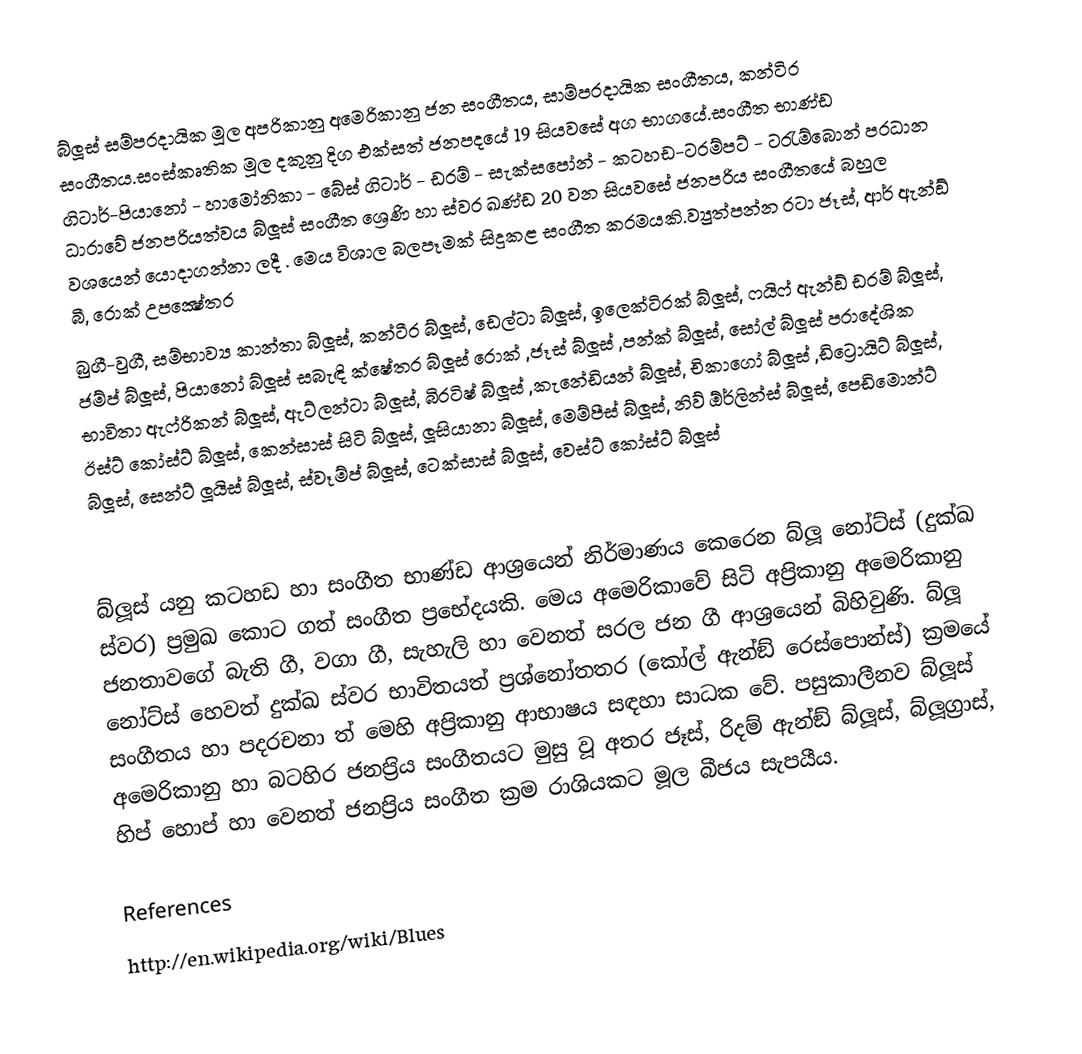
බ්ලූස් සම්ප‍්‍රදායික මූල	අප‍්‍රිකානු අමෙරිකානු ජන සංගීතය, සාම්ප‍්‍රදායික සංගීතය, කන්ටි‍්‍ර සංගීතය.සංස්කෘතික මූල	දකුනු දිග එක්සත් ජනපදයේ 19 සියවසේ අග භාගයේ.සංගීත භාණ්ඩ	ගිටාර්-පියානෝ - හාමෝනිකා - බේස් ගිටාර් - ඩ‍්‍රම් - සැක්සපෝන් - කටහඩ-ට‍්‍රම්පට් - ට‍්‍රැම්බොන් ප‍්‍රධාන ධාරාවේ ජනප‍්‍රියත්වය බ්ලූස් සංගීත ශ්‍රෙණි හා ස්වර ඛණ්ඩ 20 වන සියවසේ ජනප‍්‍රිය සංගීතයේ බහුල වශයෙන් යොදාගන්නා ලදී . මෙය විශාල බලපෑමක් සිදුකළ සංගීත ක‍්‍රමයකි.ව්‍යුත්පන්න රටා ජෑස්, ආර් ඇන්ඞ් බී, රොක් උපක්‍ෂේත‍්‍ර
බුගී-වුගී, සම්භාව්‍ය කාන්තා බ්ලූස්, කන්ටී‍්‍ර  බ්ලූස්, ඩෙල්ටා බ්ලූස්, ඉලෙක්ටි‍්‍රක් බ්ලූස්, ෆයිෆ් ඇන්ඞ් ඩ‍්‍රම් බ්ලූස්, ජම්ප් බ්ලූස්, පියානෝ බ්ලූස් සබැඳි ක්ෂේත‍්‍ර බ්ලූස් රොක් ,ජෑස් බ්ලූස් ,පන්ක් බ්ලූස්, සෝල් බ්ලූස් ප‍්‍රාදේශික භාවිතා ඇෆ්රිකන් බ්ලූස්, ඇට්ලන්ටා බ්ලූස්, බි‍්‍රටිෂ් බ්ලූස් ,කැනේඩියන් බ්ලූස්, චිකාගෝ බ්ලූස් ,ඩිට්‍රොයිට් බ්ලූස්, ඊස්ට් කෝස්ට් බ්ලූස්, කෙන්සාස් සිටි බ්ලූස්, ලූසියානා බ්ලූස්, මෙම්පීස් බ්ලූස්, නිව්  ඕර්ලින්ස් බ්ලූස්, පෙඩිමොන්ට් බ්ලූස්, සෙන්ට් ලූයිස් බ්ලූස්, ස්වෑම්ප් බ්ලූස්, ටෙක්සාස් බ්ලූස්, වෙස්ට් කෝස්ට් බ්ලූස්

බ්ලූස් යනු කටහඩ හා සංගීත භාණ්ඩ ආශ‍්‍රයෙන් නිර්මාණය කෙරෙන බ්ලූ නෝට්ස් (දුක්ඛ ස්වර) ප‍්‍රමුඛ කොට ගත් සංගීත ප‍්‍රභේදයකි. මෙය අමෙරිකාවේ සිටි අප‍්‍රිකානු අමෙරිකානු ජනතාවගේ බැති ගී, වගා ගී, සැහැලි හා වෙනත් සරල ජන ගී ආශ‍්‍රයෙන් බිහිවුණි. බ්ලූ නෝට්ස් හෙවත් දුක්ඛ ස්වර භාවිතයත් ප‍්‍රශ්නෝතතර (කෝල් ඇන්ඞ් රෙස්පොන්ස්) ක‍්‍රමයේ සංගීතය හා පදරචනා ත් මෙහි අප‍්‍රිකානු ආභාෂය සඳහා සාධක වේ. පසුකාලීනව බ්ලූස් අමෙරිකානු හා බටහිර ජනප‍්‍රිය සංගීතයට මුසු වූ අතර ජෑස්, රිදම් ඇන්ඞ් බ්ලූස්, බ්ලූග‍්‍රාස්, හිප් හොප් හා වෙනත් ජනප‍්‍රිය සංගීත ක‍්‍රම රාශියකට මූල බීජය සැපයීය.

References
http://en.wikipedia.org/wiki/Blues